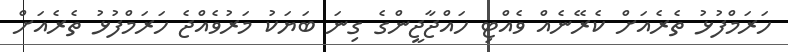
ހަރަމްފުޅު ތެރެއަށް ކެރޭނެއް ވެއްޓި ހައްޖާޖީންގެ ގިނަ ބަޔަކު މަރުވެއްޖެ ހަރަމްފުޅު ތެރެއަށް